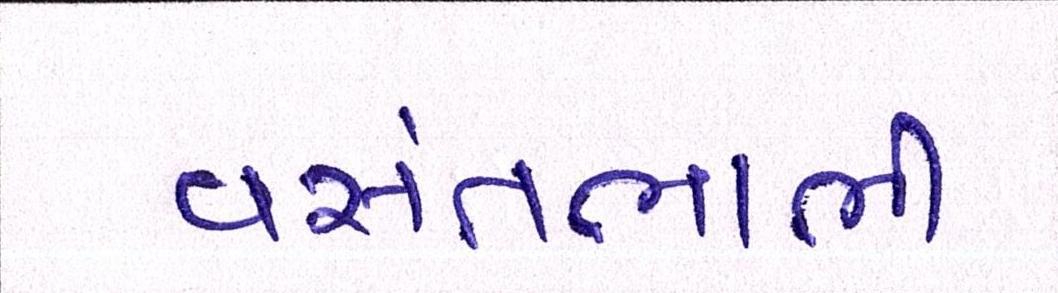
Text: વસંતભાભી